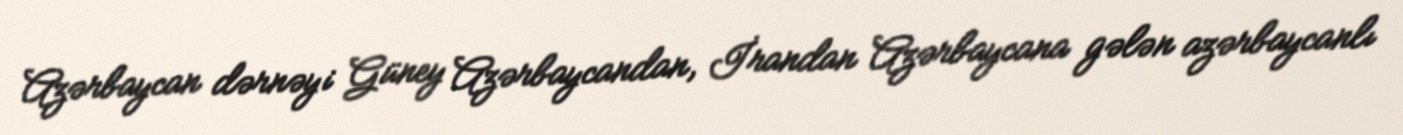
Azərbaycan dərnəyi Güney Azərbaycandan, İrandan Azərbaycana gələn azərbaycanlı